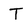
Character: T